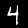
Label: 4